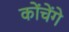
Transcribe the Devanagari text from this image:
कोंचेंगे